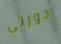
دورثي